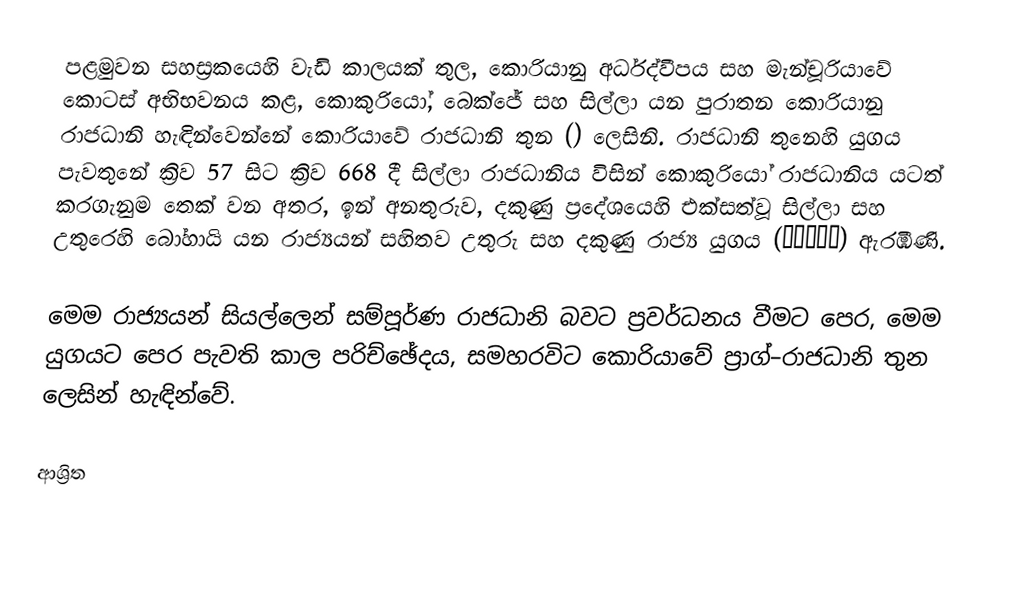
පළමුවන සහස්‍රකයෙහි වැඩි කාලයක් තුල, කොරියානු අර්ධද්වීපය සහ මැන්චූරියාවේ කොටස් අභිභවනය කළ,  කොකුරියෝ, බෙක්ජේ සහ සිල්ලා යන  පුරාතන කොරියානු රාජධානි හැඳින්වෙන්නේ කොරියාවේ රාජධානි තුන () ලෙසිනි. රාජධානි තුනෙහි යුගය පැවතුනේ ක්‍රිව  57 සිට ක්‍රිව 668 දී සිල්ලා රාජධානිය විසින් කොකුරියෝ රාජධානිය යටත් කරගැනුම තෙක් වන අතර, ඉන් අනතුරුව, දකුණු ප්‍රදේශයෙහි එක්සත්වූ සිල්ලා  සහ උතුරෙහි  බෝහායි යන රාජ්‍යයන් සහිතව උතුරු සහ දකුණු රාජ්‍ය යුගය (남북국시대) ඇරඹිණි.

මෙම රාජ්‍යයන් සියල්ලෙන් සම්පූර්ණ රාජධානි බවට ප්‍රවර්ධනය වීමට පෙර, මෙම යුගයට පෙර පැවති කාල පරිච්ඡේදය, සමහරවිට කොරියාවේ ප්‍රාග්–රාජධානි තුන  ලෙසින් හැඳින්වේ.

ආශ්‍රිත